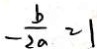
- \frac { b } { 2 a } = 1